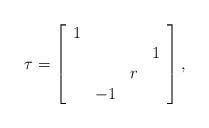
LaTeX: \begin{align*}\tau = \left[\begin{array}{cccc} 1 & & & \\ & & & 1 \\ & & r & \\ & -1 & &\end{array}\right],\end{align*}